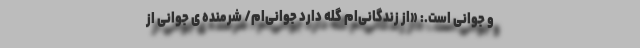
و جوانی است.: «از زندگانی‌ام گله دارد جوانی‌ام/ شرمنده ى جوانى از